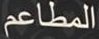
المطاعم